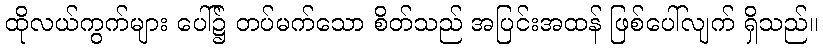
ထိုလယ်ကွက်များ ပေါ်၌ တပ်မက်သော စိတ်သည် အပြင်းအထန် ဖြစ်ပေါ်လျက် ရှိသည်။